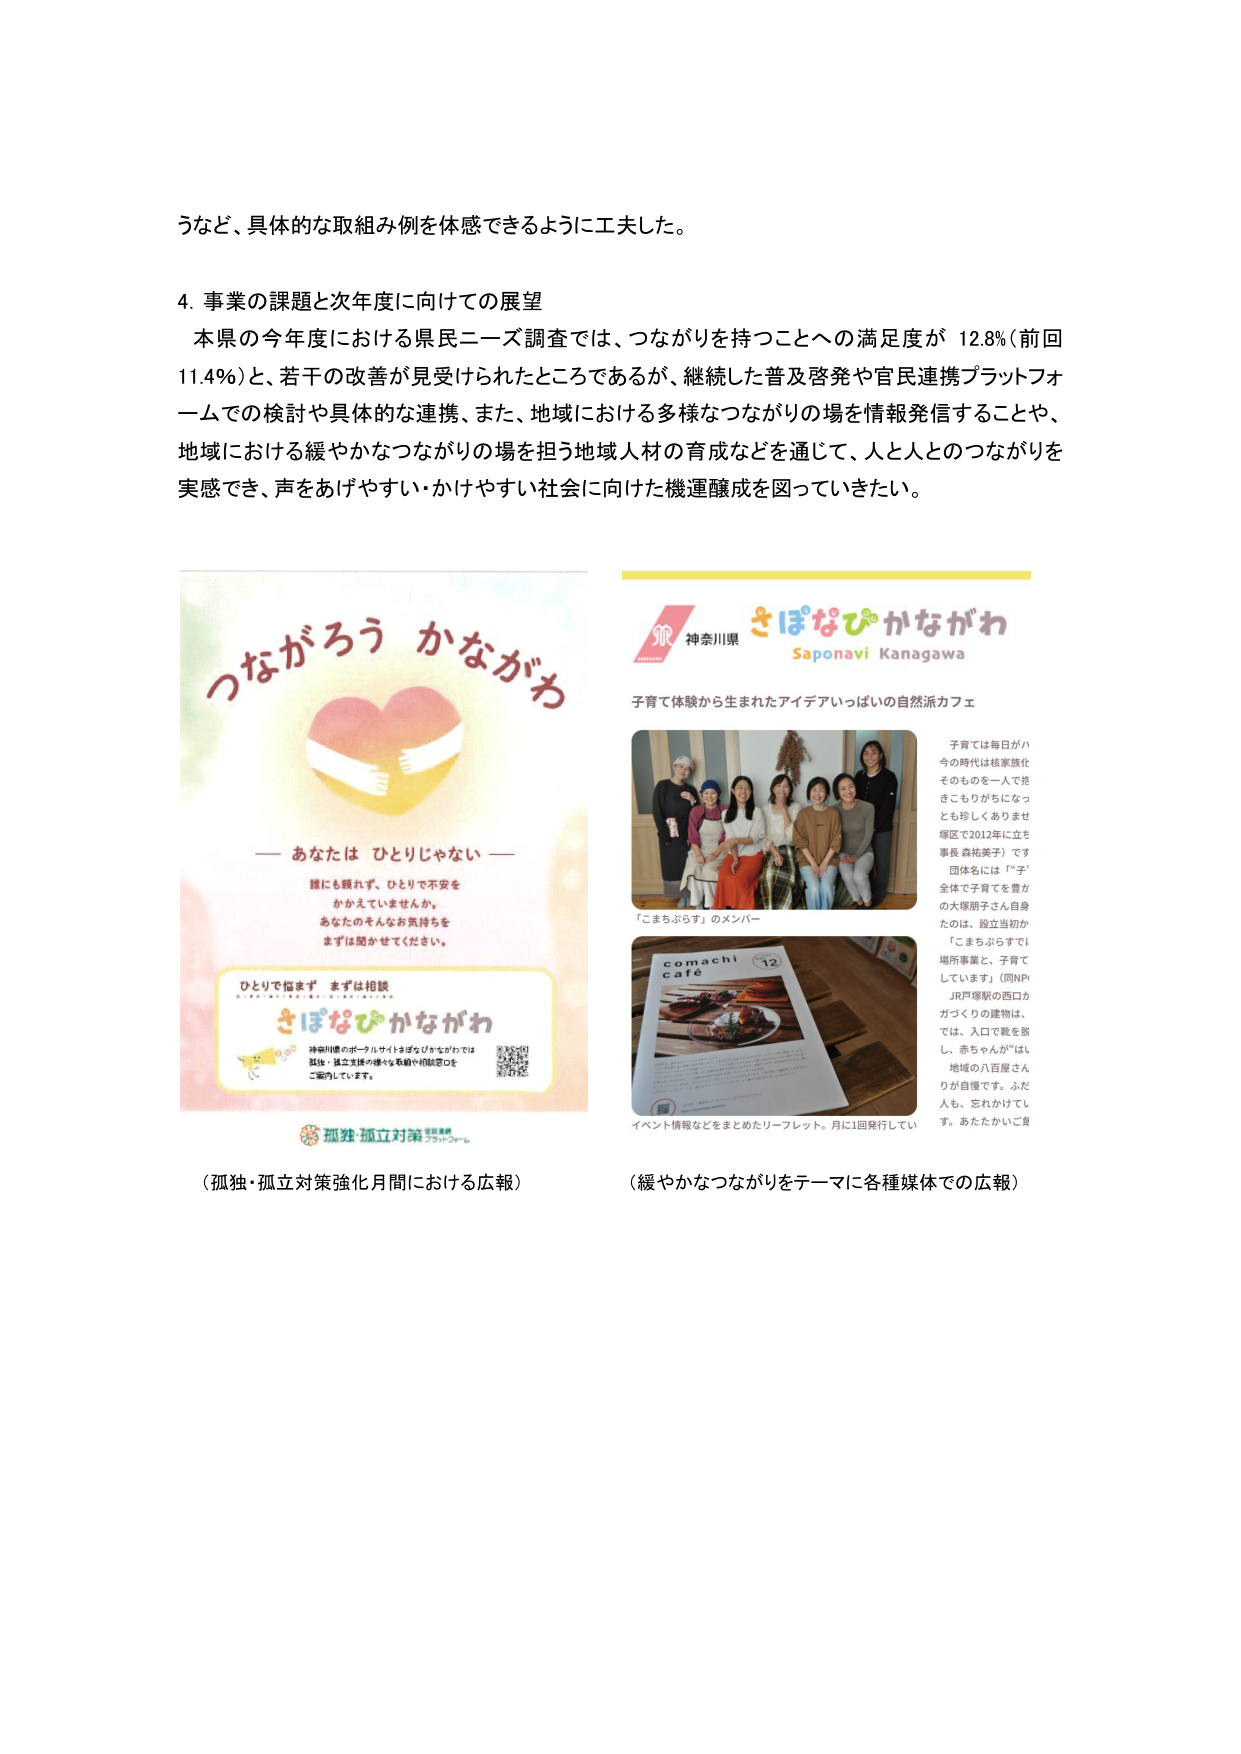
うなど、具体的な取組み例を体感できるように工夫した。

4. 事業の課題と次年度に向けての展望
本県の今年度における県民ニーズ調査では、つながりを持つことへの満足度が 12.8%（前回 11.4%）と、若干の改善が見受けられたところであるが、継続した普及啓発や官民連携プラットフォームでの検討や具体的な連携、また、地域における多様なつながりの場を情報発信することや、地域における緩やかなつながりの場を担う地域人材の育成などを通じて、人と人とのつながりを実感でき、声をあげやすい・かけやすい社会に向けた機運醸成を図っていきたい。

つながろう かながわ
― あなたは ひとりじゃない ―
誰にも頼れず、ひとりで不安を
かかえていませんか。
あなたのそんなお気持ちを
まずは聞かせてください。

ひとりで悩まず まずは相談
さぽなびかながわ
神奈川県のポータルサイトさぽなびかながわでは
孤独・孤立支援の様々な取組や相談窓口を
ご案内しています。

（孤独・孤立対策強化月間における広報）

神奈川県
さぽなびかながわ
Saponavi Kanagawa
子育て体験から生まれたアイデアいっぱいの自然派カフェ

「こまちぷらす」のメンバー

comachi
café
12

イベント情報などをまとめたリーフレット。月に1回発行してい

子育ては毎日がハ
今の時代は核家族化
そのものを一人で抱
きこもりがちになっ
とも珍しくありませ
堺区で2012年に立ち
事長 森祐美子）です
団体名には「“子”
全体で子育てを豊か
の大塚朋子さん自身
たのは、設立当初か
「こまちぷらすで
場所事業と、子育て
しています」（同NPI
JR戸塚駅の西口か
ガづくりの建物は、
では、入口で靴を脱
し、赤ちゃんが“はい
地域の八百屋さん
りが自慢です。ふだ
人も、忘れかけてい
す。あたたかいご自

（緩やかなつながりをテーマに各種媒体での広報）